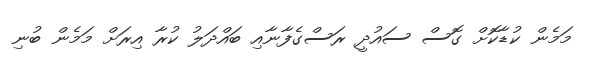
މަމެން ކުޑާކޮށް ގޮސް ސައުދީ ރަސްގެފާނާއި ބައްދަލު ކުރާ އިރަށް މަމެން ބުނި